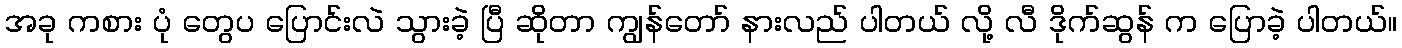
အခု ကစား ပုံ တွေပ ပြောင်းလဲ သွားခဲ့ ပြီ ဆိုတာ ကျွန်တော် နားလည် ပါတယ် လို့ လီ ဒိုက်ဆွန် က ပြောခဲ့ ပါတယ်။